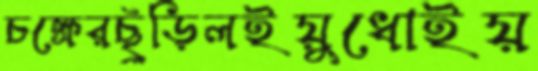
চক্ষেরছুঁড়িলইয়ুধোইয়